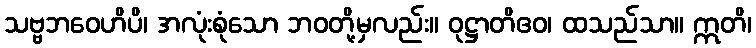
သဗ္ဗဘဝေဟိပိ၊ အလုံးစုံသော ဘဝတို့မှလည်း။ ဝုဋ္ဌာတိဧဝ၊ ထသည်သာ။ ဣတိ၊